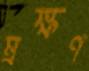
ম্রক্ষণ